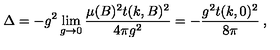
\Delta = - g ^ { 2 } \lim _ { g \to 0 } \frac { \mu ( B ) ^ { 2 } t ( k , B ) ^ { 2 } } { 4 \pi g ^ { 2 } } = - \frac { g ^ { 2 } t ( k , 0 ) ^ { 2 } } { 8 \pi } \: ,